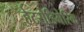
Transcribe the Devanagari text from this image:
हेटरोडिमेरिक